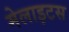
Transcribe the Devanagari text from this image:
मेलाइटस